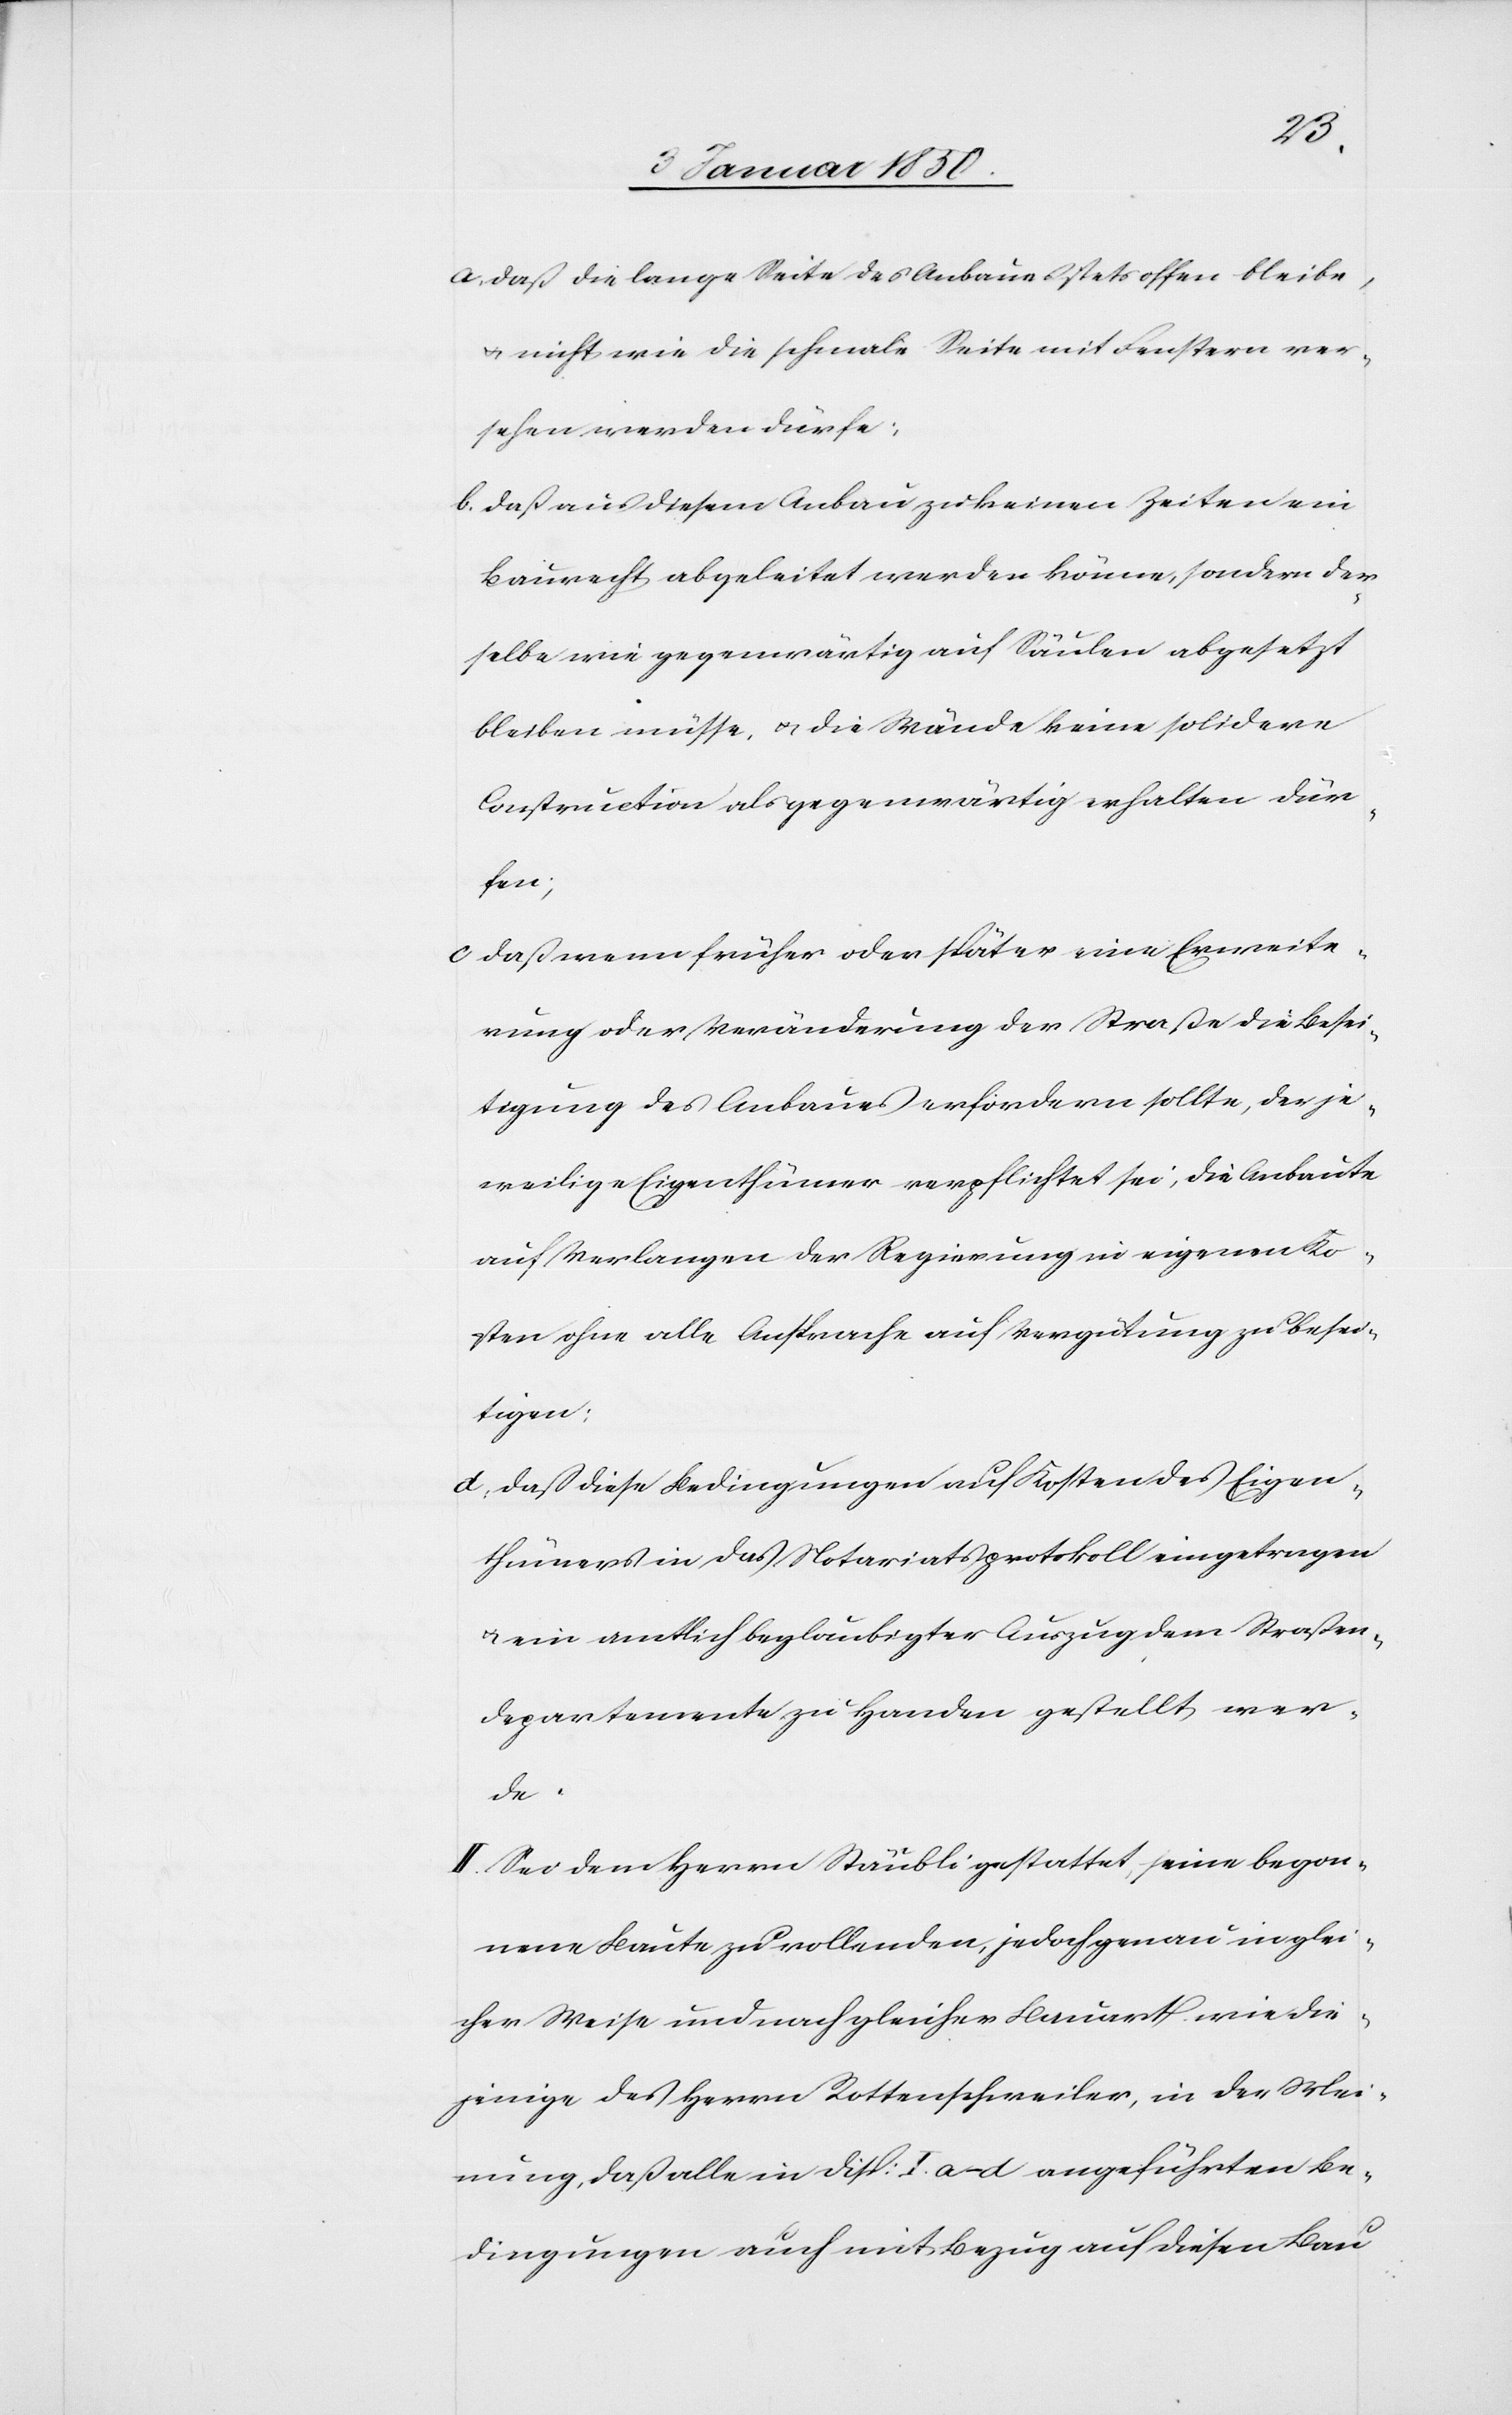
a. daß die lange Seite des Anbaues stets offen bleibe,
u. nicht wie die schmale Seite mit Fenstern ver¬
sehen werden dürfe;
b. daß aus diesem Anbau zu keinen Zeiten ein
Baurecht abgeleitet werden könne, sondern der¬
selbe wie gegenwärtig auf Säulen abgesetzt
bleiben müsse, u. die Wände keine solidere
Construction als gegenwärtig erhalten dür¬
fen;
c. daß wenn früher oder später eine Erweite¬
rung oder Veränderung der Straße die Besei¬
tigung des Anbaues erfordern sollte, der je¬
weilige Eigenthümer verpflichtet sei, die Anbaute
auf Verlangen der Regierung in eigenen Ko¬
sten ohne alle Ansprache auf Vergütung zu besei¬
tigen;
d. daß diese Bedingungen auf Kosten des Eigen¬
thümers in das Notariatsprotokoll eingetragen
u. ein amtlich beglaubigter Auszug dem Straßen¬
departemente zu Handen gestellt wer¬
de.
II. Sei dem Herrn Stäubli gestattet, seine begon¬
nene Baute zu vollenden, jedoch genau in glei¬
cher Weise und nach gleicher Bauarth wie die¬
jenige des Herrn Rottenschweiler, in der Mei¬
nung, daß alle in Disp: I a–d angeführten Be¬
dingungen auch mit Bezug auf diesen Bau